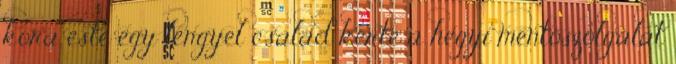
kora este egy lengyel család kérte a hegyi mentőszolgálat